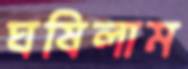
ঘষিলাম